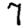
Digit: 7